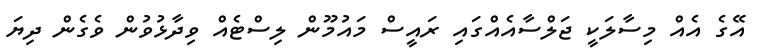
އޭގެ އެއް މިސާލަކީ ޖަލްސާއެއްގައި ރައީސް މައުމޫން ލިސްޓެއް ވިދާޅުވުން ވެގެން ދިޔަ